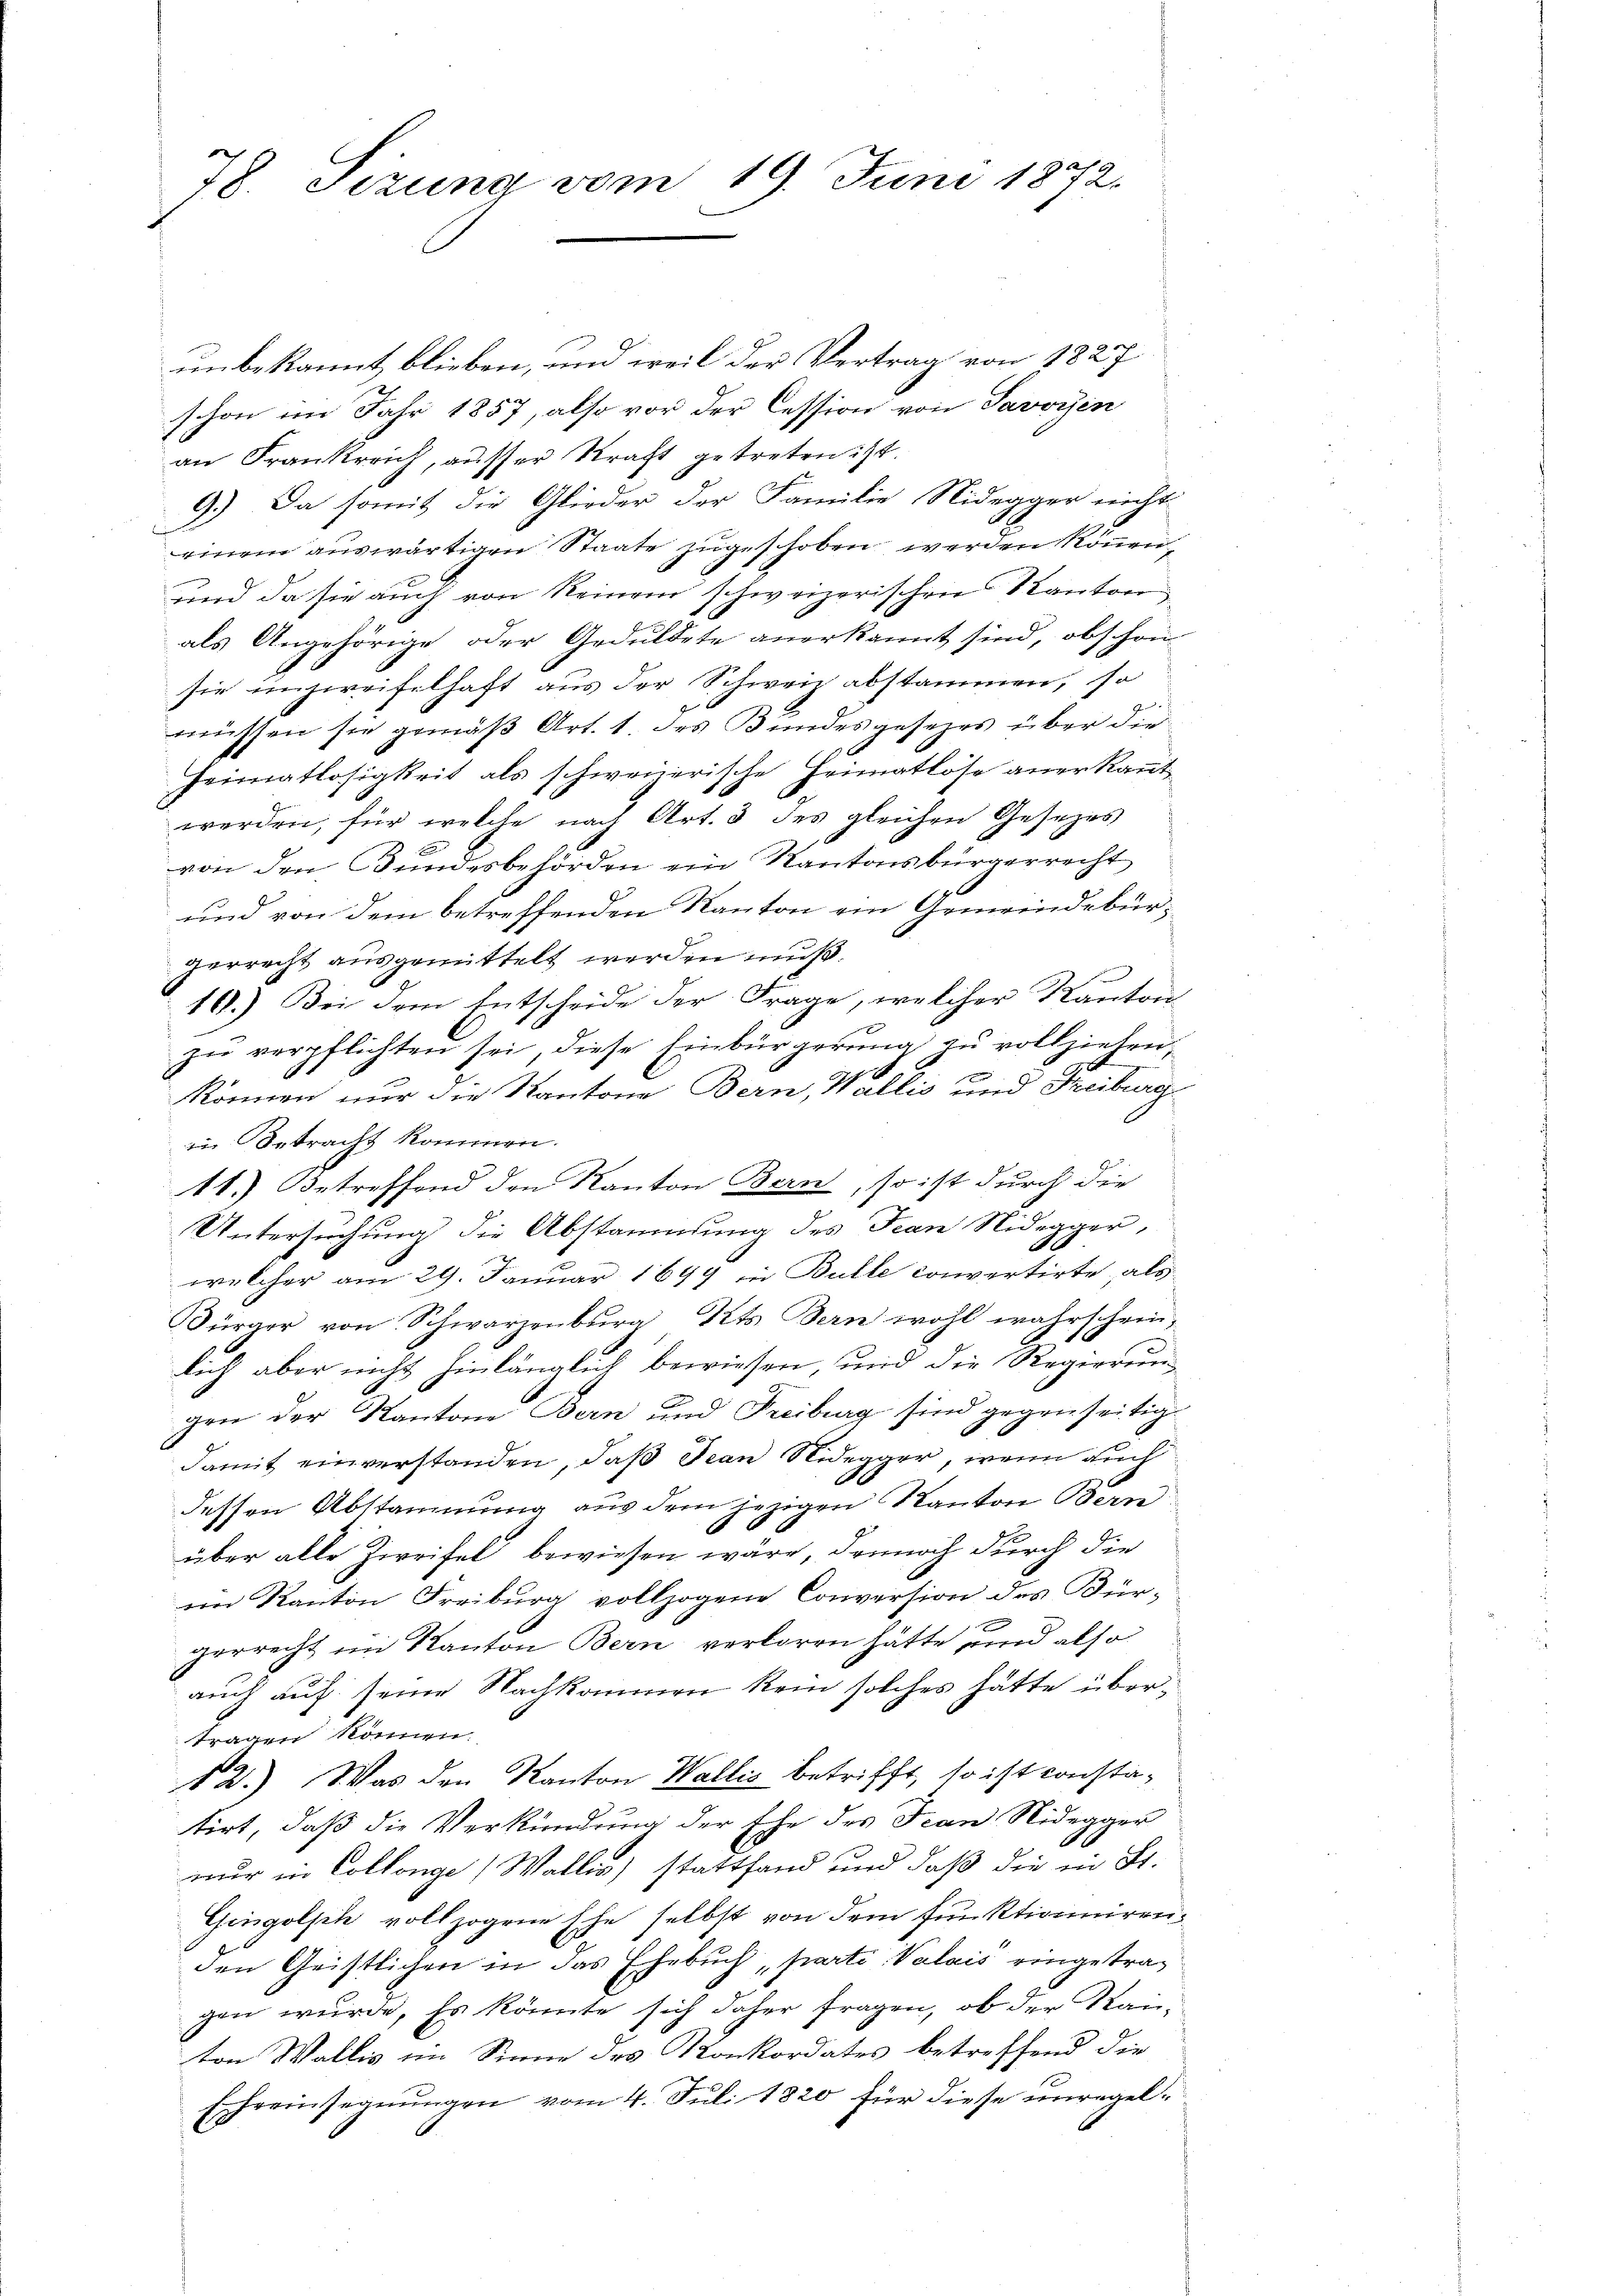
78. Sizung vom 19. Juni 1872.

unbekannt blieben, und weil der Vertrag von 1827
schon im Jahr 1857, also vor der Cession von Savoyen
an Frankreich, ausser Kraft getreten ist.
9.) Da somit die Glieder der Familie Nidegger nicht
einem auswärtigen Staate zugeschoben werden können,
und da sie auch von Reinem schweizerischen Kanton
als Angehörige oder Geduldete anerkannt sind, obschon
sie unzweifelhaft aus der Schweiz abstammen, so
müssen sie gemäß Art. 1. des Bundesgesezes über die
Heimatlosigkeit als schweizerische Heimatlose anerkannt
werden, für welche nach Art. 3 des gleichen Gesezes
von den Bundesbehörden ein Kantonsbürgerrecht
und von dem betreffenden Kanton ein Gemeindebürgerrecht ausgemittelt werden muß.
16.) Bei dem Entscheide der Frage, welcher Kanton
zu verpflichten sei, diese Einbürgerung zu vollziehen,
E
können nur die Kantone Bern, Wallis und Freiburg
in Betracht kommen.
11.) Betreffend den Kanton Bern, so ist durch die
Untersuchung die Abstammung des Jean Nidegger,
welcher am 29. Januar 1899 in Bulle convertirte, als
Bürger von Schwarzenburg, Kts. Bern wohl wahrschein,
lich aber nicht hinlänglich bewiesen, und die Regierung
gen der Kantone Bern und Freiburg sind gegenseitig
damit einverstanden, daß Jean Nidegger, wenn auch
dessen Abstammung aus dem jezigen Kanton Bern
x
über alle Zweifel bewiesen wäre, dennoch durch die
im Kanton Freiburg vollzogene Conversion des Bürgerrecht im Kanton Bern verloren hätte und also
auch auf seine Nachkommen kein solches hätte übertragen können.
12.) Was den Kanton Wallis betrifft, so ist constatirt, daß die Verkündung der Ehe des Jean Nidegger
nur in Collenge (Wallis) stattfand und daß die in St.
Gingolph vollzogene Ehe selbst von dem Funktionirenden Geistlichen in das Ehebuch parti Valais eingetragen wurde. Es könnte sich daher fragen, ob der Stain
ton Wallis im Sinne des Konkordates betreffend die
Erchreinsegnungen vom 4. Juli 1820 für diese unregel¬